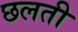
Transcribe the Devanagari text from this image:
छलती